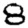
Digit: 8